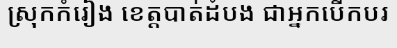
ស្រុកកំរៀង ខេត្តបាត់ដំបង ជាអ្នកបើកបរ